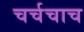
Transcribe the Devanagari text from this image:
चर्चचाच